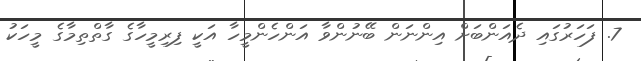
7. ފަހަރުގައި ދެއަންބަށް އިންނަން ބޭނުންވާ އަންހެންމީހާ އަކީ ފިރިމީހާގެ ގާތްތިމާގެ މީހަކު